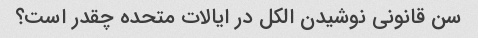
سن قانونی نوشیدن الکل در ایالات متحده چقدر است؟